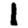
Digit: 1